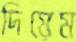
দিয়েম